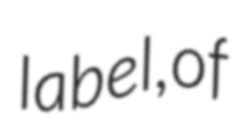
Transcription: label, of